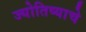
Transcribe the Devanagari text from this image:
ज्योतिष्याचे